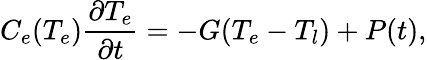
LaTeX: C_{e}(T_{e})\frac{\partial T_{e}}{\partial t}=-G(T_{e}-T_{l})+P(t),